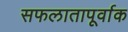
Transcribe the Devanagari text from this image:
सफलातापूर्वाक